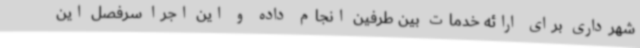
شهرداری برای ارائه خدمات بین طرفین انجام داده و این اجرا سرفصل این